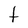
Character: t